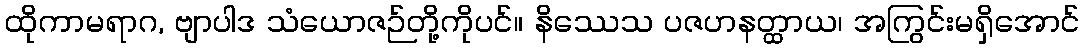
ထိုကာမရာဂ, ဗျာပါဒ သံယောဇဉ်တို့ကိုပင်။ နိဿေသ ပဇဟနတ္ထာယ၊ အကြွင်းမရှိအောင်